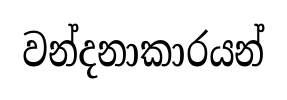
වන්දනාකාරයන්